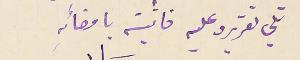
تلي تقريره عليه فاثبتة بامضائهِ